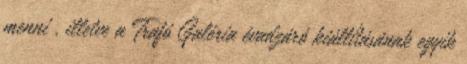
menni , illetve a Trafó Galéria évadzáró kiállításának egyik